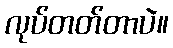
လုပ်တတ်တာပဲ။